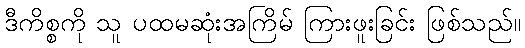
ဒီကိစ္စကို သူ ပထမဆုံးအကြိမ် ကြားဖူးခြင်း ဖြစ်သည်။